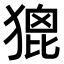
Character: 𤠞